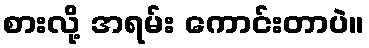
စားလို့ အရမ်း ကောင်းတာပဲ။